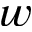
w